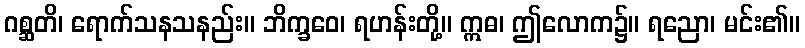
ဂစ္ဆတိ၊ ရောက်သနသနည်း။ ဘိက္ခဝေ၊ ရဟန်းတို့။ ဣဓ၊ ဤလောက၌။ ရညော၊ မင်း၏။